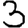
Digit: 3